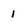
Character: 1